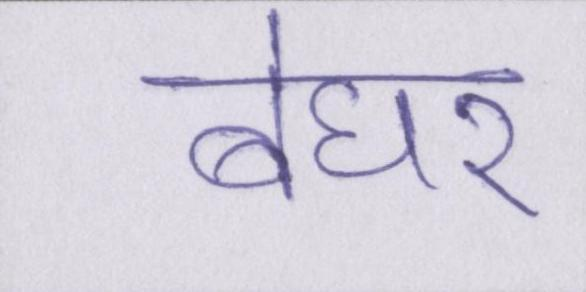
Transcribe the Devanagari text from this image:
बेघर